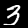
Label: 3